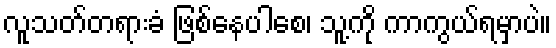
လူသတ်တရားခံ ဖြစ်နေပါစေ၊ သူ့ကို ကာကွယ်ရမှာပဲ။